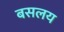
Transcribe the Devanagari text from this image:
बसलय